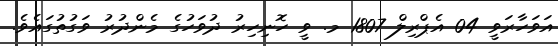
އަވަހާރަވީ 04 އެޕްރިލް 1807 މ. ވީ ހޮނިހިރު ދުވަހުގެ މެންދުރު ވަގުތުގައެވެ.